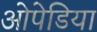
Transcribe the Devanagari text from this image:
ओपेडिया